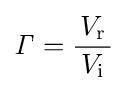
{\mathit {\Gamma }}={\frac {\,V_{\mathrm {r} }\,}{V_{\mathrm {i} }}}